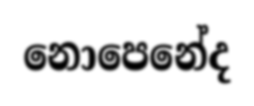
නොපෙනේද